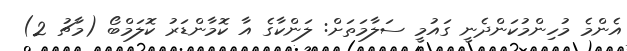
އެންމެ މުހިންމުކަންދެނީ ގައުމީ ސަލާމަތަށް: ލަންކާގެ އާ ކޮމާންޑަރު ކޮލަމްބޯ (މާޗު 2)